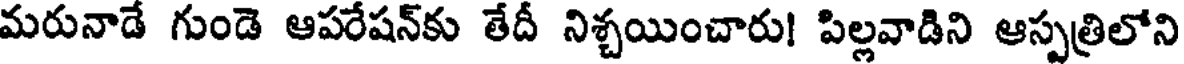
మరునాడే గుండె ఆపరేషన్కు తేదీ నిశ్చయించారు! పిల్లవాడిని ఆస్పత్రిలోని